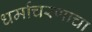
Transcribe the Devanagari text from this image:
धर्माचरणाचा